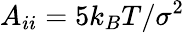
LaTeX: A_{ii}=5k_{B}T/\sigma^{2}